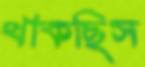
থাকছিস